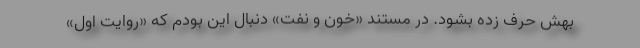
بهش حرف زده بشود. در مستند «خون و نفت» دنبال این بودم که «روایت اول»